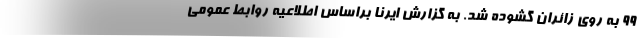
۹۹ به روی زائران گشوده شد. به گزارش ایرنا براساس اطلاعیه روابط عمومی